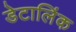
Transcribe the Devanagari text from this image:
डेटालिंक